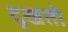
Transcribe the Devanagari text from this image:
दुखतो